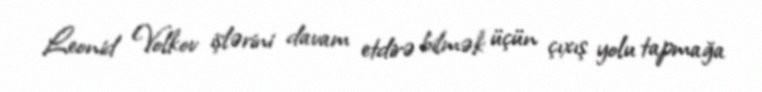
Leonid Volkov işlərini davam etdirə bilmək üçün çıxış yolu tapmağa